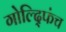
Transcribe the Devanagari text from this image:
गोल्द्फिंच